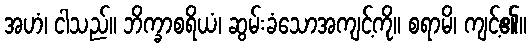
အဟံ၊ ငါသည်။ ဘိက္ခာစရိယံ၊ ဆွမ်းခံသောအကျင့်ကို။ စရာမိ၊ ကျင့်၏။